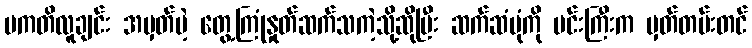
ပကတိလူချင်း အမှတ်မဲ့ တွေ့ကြုံနှုတ်ဆက်သကဲ့သို့ဆိုပြီး ဆက်ဆံပုံကို မင်းကြီးက မှတ်တမ်းတင်